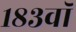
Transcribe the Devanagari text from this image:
१८३वॉ